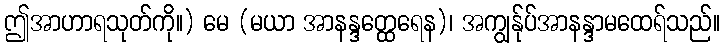
ဤအာဟာရသုတ်ကို။) မေ (မယာ အာနန္ဒတ္ထေရေန)၊ အကျွန်ုပ်အာနန္ဒာမထေရ်သည်။